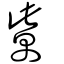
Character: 歶